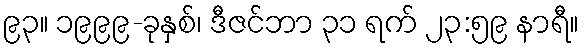
၉၃။ ၁၉၉၉-ခုနှစ်၊ ဒီဇင်ဘာ ၃၁ ရက် ၂၃:၅၉ နာရီ။